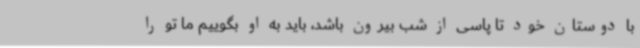
با دوستان خود تا پاسی از شب بیرون باشد، باید به او بگوییم ما تو را